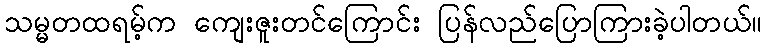
သမ္မတထရမ့်က ကျေးဇူးတင်ကြောင်း ပြန်လည်ပြောကြားခဲ့ပါတယ်။